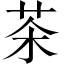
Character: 茶